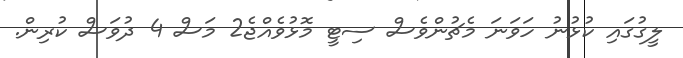
ލީގުގައި ކުޅުނު ހަވަނަ މެޗުންވެސް ސިޓީ މޮޅުވެއްޖެ2 މަސް 4 ދުވަސް ކުރިން.